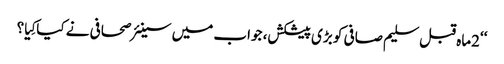
‘‘2ماہ قبل سلیم صافی کو بڑی پیشکش، جواب میں سینئر صحافی نے کیاکِیا؟